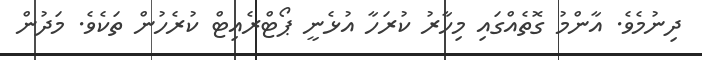
ދިނުމެވެ. އާންމު ގޮތެއްގައި މިހާރު ކުރަހާ އުޅެނީ ޕޯޓްރެއިޓް ކުރެހުން ތަކެވެ. މަދުން